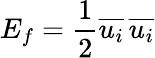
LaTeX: E_{f}={\frac{1}{2}}{\overline{{u_{i}}}}\, {\overline{{u_{i}}}}